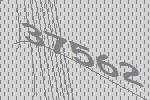
37562